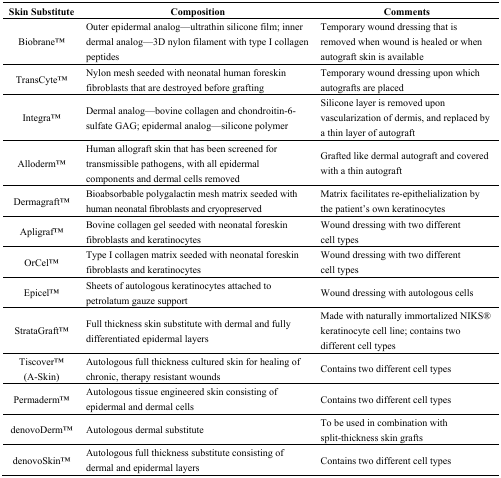
<table><thead><tr><td><b>Skin Substitute</b></td><td><b>Composition</b></td><td><b>Comments</b></td></tr></thead><tbody><tr><td>BiobraneTM</td><td>Outer epidermal analog—ultrathin silicone film; inner dermal analog—3D nylon filament with type I collagen peptides</td><td>Temporary wound dressing that is removed when wound is healed or when autograft skin is available</td></tr><tr><td>TransCyteTM</td><td>Nylon mesh seeded with neonatal human foreskin fibroblasts that are destroyed before grafting</td><td>Temporary wound dressing upon which autografts are placed</td></tr><tr><td>IntegraTM</td><td>Dermal analog—bovine collagen and chondroitin-6-sulfate GAG; epidermal analog—silicone polymer</td><td>Silicone layer is removed upon vascularization of dermis, and replaced by a thin layer of autograft</td></tr><tr><td>AllodermTM</td><td>Human allograft skin that has been screened for transmissible pathogens, with all epidermal components and dermal cells removed</td><td>Grafted like dermal autograft and covered with a thin autograft</td></tr><tr><td>DermagraftTM</td><td>Bioabsorbable polygalactin mesh matrix seeded with human neonatal fibroblasts and cryopreserved</td><td>Matrix facilitates re-epithelialization by the patient’s own keratinocytes</td></tr><tr><td>ApligrafTM</td><td>Bovine collagen gel seeded with neonatal foreskin fibroblasts and keratinocytes</td><td>Wound dressing with two different cell types</td></tr><tr><td>OrCelTM</td><td>Type I collagen matrix seeded with neonatal foreskin fibroblasts and keratinocytes</td><td>Wound dressing with two different cell types</td></tr><tr><td>EpicelTM</td><td>Sheets of autologous keratinocytes attached to petrolatum gauze support</td><td>Wound dressing with autologous cells</td></tr><tr><td>StrataGraftTM</td><td>Full thickness skin substitute with dermal and fully differentiated epidermal layers</td><td>Made with naturally immortalized NIKS® keratinocyte cell line; contains two different cell types</td></tr><tr><td>TiscoverTM (A-Skin)</td><td>Autologous full thickness cultured skin for healing of chronic, therapy resistant wounds</td><td>Contains two different cell types</td></tr><tr><td>PermadermTM</td><td>Autologous tissue engineered skin consisting of epidermal and dermal cells</td><td>Contains two different cell types</td></tr><tr><td>denovoDermTM</td><td>Autologous dermal substitute</td><td>To be used in combination with split-thickness skin grafts</td></tr><tr><td>denovoSkinTM</td><td>Autologous full thickness substitute consisting of dermal and epidermal layers</td><td>Contains two different cell types</td></tr></tbody></table>